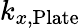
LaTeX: k_{x,\textrm{Plate}}